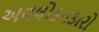
અવલોકનકારો